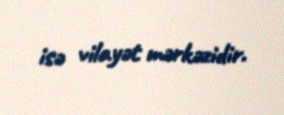
isə vilayət mərkəzidir.